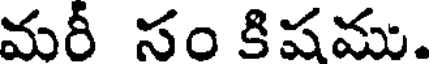
మరీ సం కిషము.